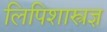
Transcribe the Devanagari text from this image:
लिपिशास्त्रज्ञ